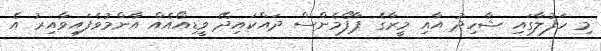
މި ހަފުލާގައި ޝާހިދު އާއި މީރާގެ ޕާފޯމެންސް ދައްކައިދޭ ވީޑިއޯއެއް އާންމުވެފައިވާއިރު އެ